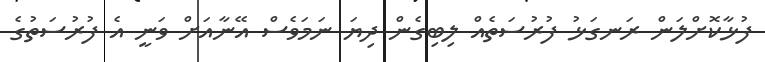
ފުޅާކޮށްލަން ރަނގަޅު ފުރުސަތެއް ލިބިގެން ދިޔަ ނަމަވެސް އޭނާއަށް ވަނީ އެ ފުރުސަތުގެ